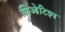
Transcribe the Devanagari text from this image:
लिओटिइव